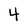
Character: 4